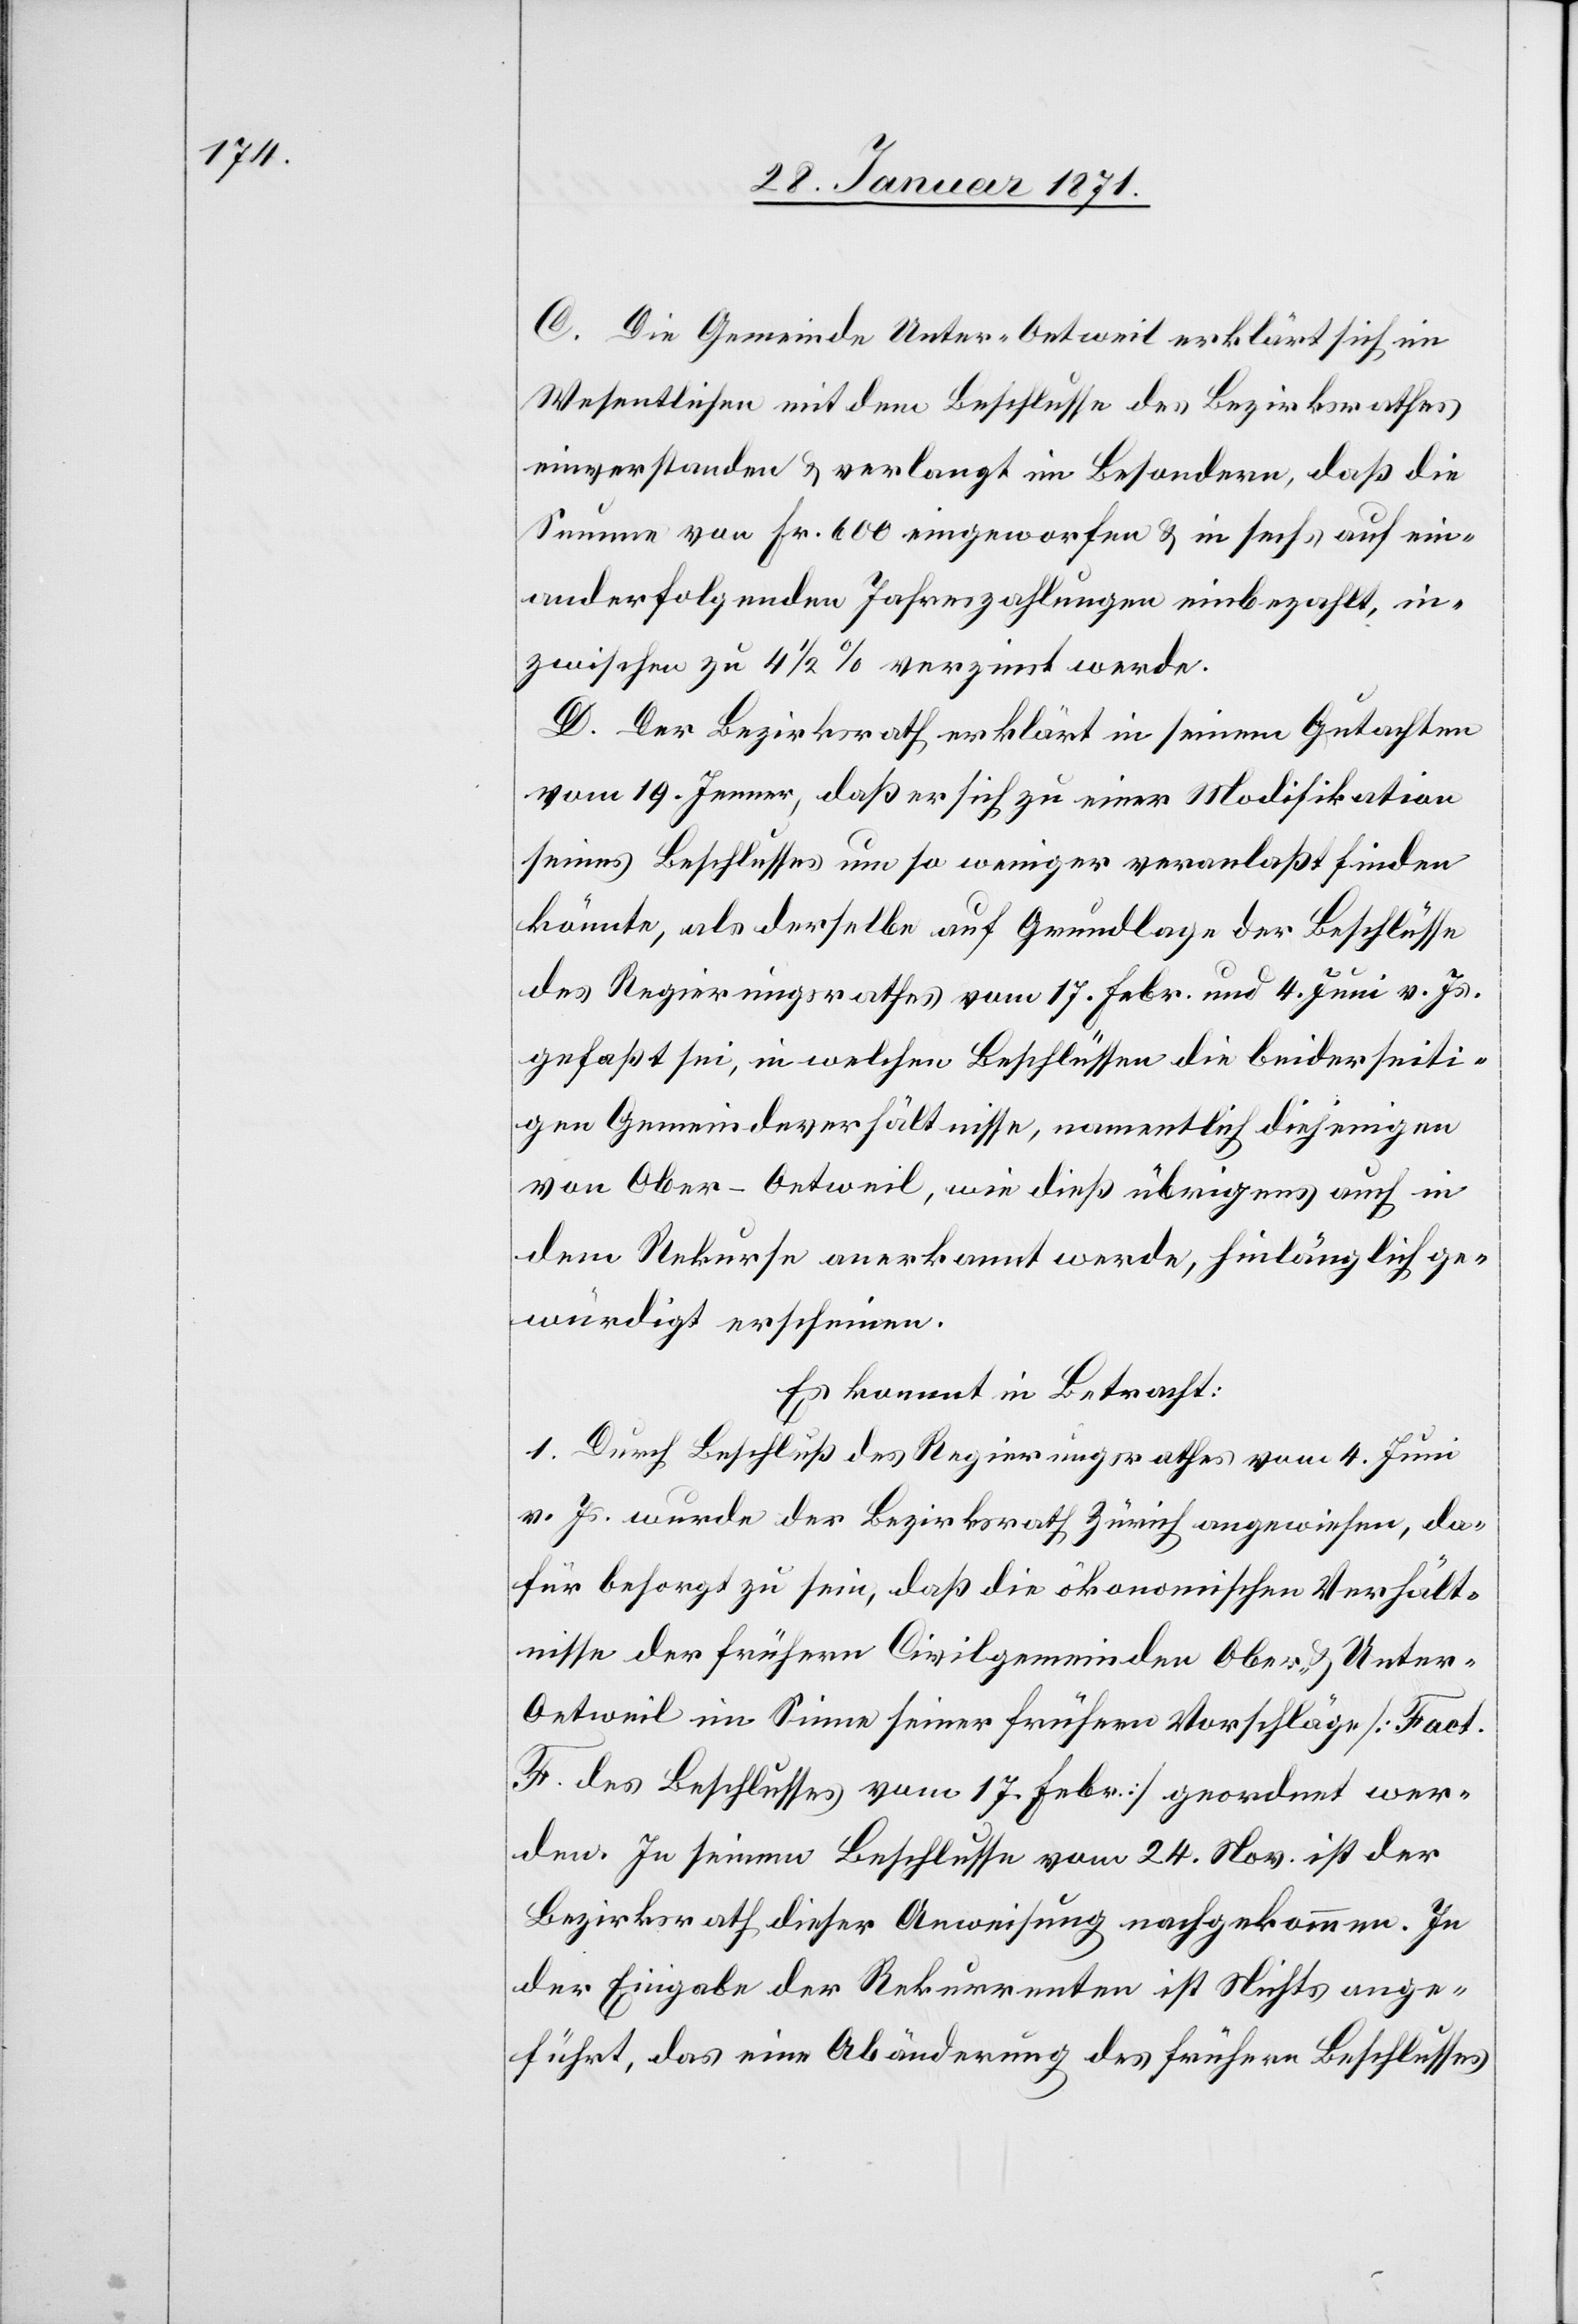
C. Die Gemeinde Unter-Oetweil erklärt sich im
Wesentlichen mit dem Beschlusse des Bezirksrathes
einverstanden u. verlangt im Besondern, daß die
Summe von Fr. 600 eingeworfen u. in sechs auf ein¬
ander folgenden Jahreszahlungen einbezahlt, in¬
zwischen zu 4 ½ % verzinst werde.
D. Der Bezirksrath erklärt in seinem Gutachten
vom 19. Jenner, daß er sich zu einer Modifikation
seines Beschlusses um so weniger veranlaßt finden
könnte, als derselbe auf Grundlage der Beschlüsse
des Regierungsrathes vom 17. Febr. und 4. Juni v. Js.
gefaßt sei, in welchen Beschlüssen die beiderseiti¬
gen Gemeindeverhältnisse, namentlich diejenigen
von Ober-Oetweil, wie dieß übrigens auch in
dem Rekurse anerkannt werde, hinlänglich ge¬
würdigt erscheinen.
Es kommt in Betracht:
1. Durch Beschluß des Regierungsrathes vom 4. Juni
v. Js. wurde der Bezirksrath Zürich angewiesen, da¬
für besorgt zu sein, daß die ökonomischen Verhält¬
nisse der frühern Civilgemeinden Ober- u. Unte¬
r-Oetweil im Sinne seiner frühern Vorschläge [Fact.
F. des Beschlusses vom 17. Febr.] geordnet wer¬
den. In seinem Beschlusse vom 24. Nov. ist der
Bezirksrath dieser Anweisung nachgekommen. In
der Eingabe der Rekurrenten ist Nichts ange¬
führt, das eine Abänderung des frühern Beschlusses